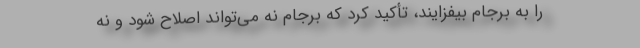
را به برجام بیفزایند، تأکید کرد که برجام نه می‌تواند اصلاح شود و نه